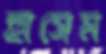
হাসেম